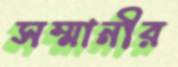
সম্মানীর